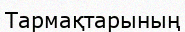
Тармақтарының